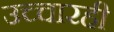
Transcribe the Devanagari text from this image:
उच्चारही